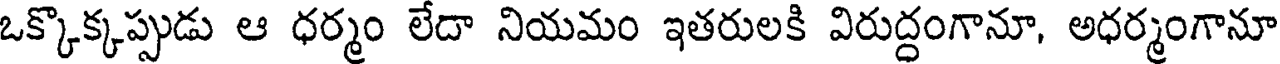
ఒక్కొక్కప్పుడు ఆ ధర్మం లేదా నియమం ఇతరులకి విరుద్ధంగానూ, అధర్మంగానూ